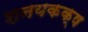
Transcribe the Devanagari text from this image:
शनयकक्ष